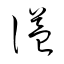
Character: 謚